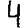
Digit: 4